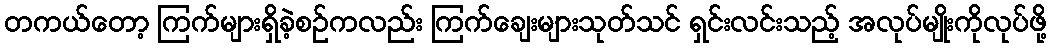
တကယ်တော့ ကြက်များရှိခဲ့စဉ်ကလည်း ကြက်ချေးများသုတ်သင် ရှင်းလင်းသည့် အလုပ်မျိုးကိုလုပ်ဖို့